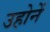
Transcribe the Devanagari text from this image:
उहोनें